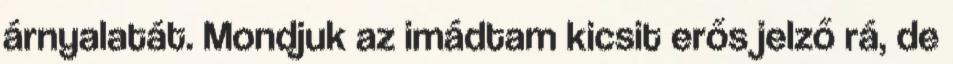
árnyalatát. Mondjuk az imádtam kicsit erős jelző rá, de